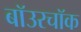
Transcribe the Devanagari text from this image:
बॉउरचॉक